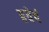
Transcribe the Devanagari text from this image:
हवेचं